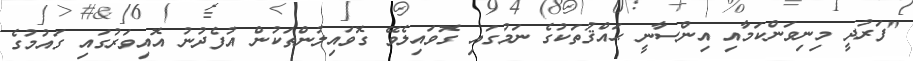
"ފަރުދީ މިނިވަންކަމާއި އިންސާނީ ޙައްޤުތަކުގެ ނަމުގައި ގޮވައިލެވޭ ގޮވައިލުންތަކުން އުފެދުނު އޮއިވަރުގައި ގައުމުގެ